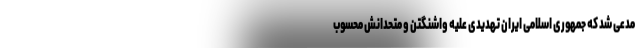
مدعی شد که جمهوری اسلامی ایران تهدیدی علیه واشنگتن و متحدانش محسوب